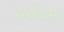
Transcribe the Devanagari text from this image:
सर्वधाम्‌।